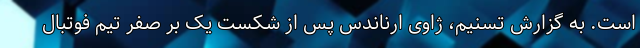
است. به گزارش تسنیم، ژاوی ارناندس پس از شکست یک بر صفر تیم فوتبال